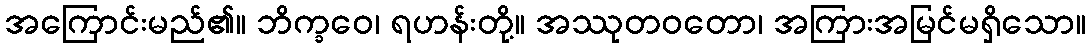
အကြောင်းမည်၏။ ဘိက္ခဝေ၊ ရဟန်းတို့။ အဿုတဝတော၊ အကြားအမြင်မရှိသော။